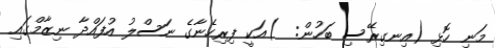
މަނި ހޮޅި (އިނގިރޭސި ބަހުން:  )އަކީ ފިރިހެނާގެ ނަސްލު އުފައްދާ ނިޒާމްގައި